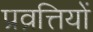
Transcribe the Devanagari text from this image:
प्रव्रत्तियों